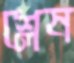
শ্লেষ